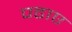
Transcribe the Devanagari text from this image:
पढाए